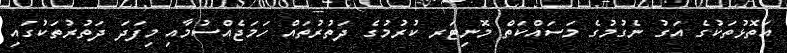
އަތޮޅުތަކުގެ އަގު ނެގުމުގެ މަސައްކަތް މޮނިޓަރ ކުރުމުގެ ދަތުރުތައް ހަމަޖެއްސުމާއި މިފަދަ ދަތުރުތަކުގައި